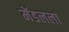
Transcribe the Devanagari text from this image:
मेंडलला